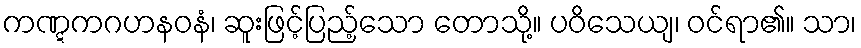
ကဏ္ဋကဂဟနဝနံ၊ ဆူးဖြင့်ပြည့်သော တောသို့။ ပဝိသေယျ၊ ဝင်ရာ၏။ သာ၊